Vaccination in Bombay 1869-1873 - 1869-1873
Year: 1869
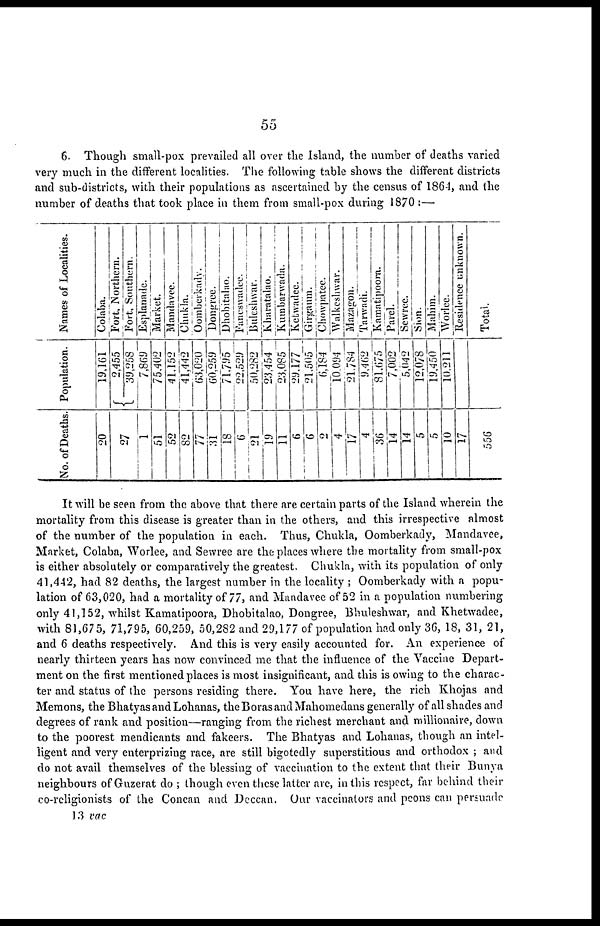
55
6. Though small-pox prevailed all over the Island, the number of deaths varied
very much in the different localities. The following table shows the different districts
and sub-districts, with their populations as ascertained by the census of 1864, and the
number of deaths that took place in them from small-pox during 1870 :—
Names of Localities.
Population.
No. of Deaths.
Colaba.
19,161
20
Fort, Northern.
2,455
Fort, Southern.
39,258
27
Esplanade.
7,869
1
Market.
75,402
51
Mandavee.
41,152
52
Chukla.
41,442
82
Oomberkady.
63,020
77
Dongree.
60,259
31
Dhobitalao.
71,795
18
Faneswadee.
22,529
6
Buleshwar.
50,282
21
Kharatalao.
23,454
19
Kumbarwada.
23,085
11
Ketwadee.
29,177
6
Girgaum.
21,505
6
Chowpatee.
6,184
2
Walkeshwar.
10,094
4
Mazagon.
21,784
17
Tarwadi.
9,462
4
Kamatipoora.
81,675
36
Parel.
7,002
14
Sewree.
5,042
14
Sion.
12,078
5
Mahim.
19,450
5
Worlee.
10,211
10
Residence unknown.
17
Total.
556
It will be seen from the above that there are certain parts of the Island wherein the
mortality from this disease is greater than in the others, and this irrespective almost
of the number of the population in each. Thus, Chukla, Oomberkady, Mandavee,
Market, Colaba, Worlee, and Sewree are the places where the mortality from small-pox
is either absolutely or comparatively the greatest. Chukla, with its population of only
41,442, had 82 deaths, the largest number in the locality ; Oomberkady with a popu-
lation of 63,020, had a mortality of 77, and Mandavee of 52 in a population numbering
only 41,152, whilst Kamatipoora, Dhobitalao, Dongree, Bhuleshwar, and Khetwadee,
with 81,675, 71,795, 60,259, 50,282 and 29,177 of population had only 36, 18, 31, 21,
and 6 deaths respectively. And this is very easily accounted for. An experience of
nearly thirteen years has now convinced me that the influence of the Vaccine Depart-
ment on the first mentioned places is most insignificant, and this is owing to the charac-
ter and status of the persons residing there. You have here, the rich Khojas and
Memons, the Bhatyas and Lohanas, the Boras and Mahomedans generally of all shades and
degrees of rank and position—ranging from the richest merchant and millionaire, down
to the poorest mendicants and fakeers. The Bhatyas and Lohanas, though an intel-
ligent and very enterprizing race, are still bigotedly superstitious and orthodox ; and
do not avail themselves of the blessing of vaccination to the extent that their Bunya
neighbours of Guzerat do ; though even these latter are, in this respect, far behind their
co-religionists of the Concan and Deccan. Our vaccinators and peons can persuade
13 vac